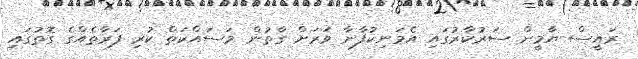
ރައީސް ޔާމީން ސަރުކާރުގައި އެމަނިކުފާނާ ވަރަށް ގާތުން މަސައްކަތް ކުރި ފަރާތެއްގެ ގޮތުގައި